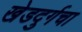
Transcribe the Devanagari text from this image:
खेडदुर्गचा